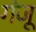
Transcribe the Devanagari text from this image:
गंजू